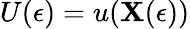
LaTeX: U(\epsilon)=u(\mathbf{X}(\epsilon))